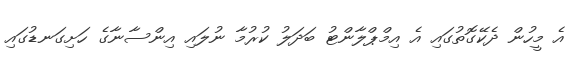
އެ މީހުން ދެކޭގޮތުގައި އެ އިމްޕްލާންޓު ބަދަލު ކުރުމާ ނުލައި އިންސާނާގެ ހަށިގަނޑުގައި